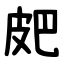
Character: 㿬